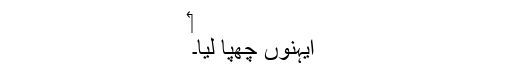
‏
ایہنوں چھپا لیا۔